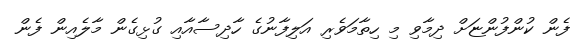
ފެން ކުންފުންޏަށް ދިމާވި މި ހިތާމަވެރި އަލިފާނުގެ ހާދިސާއާއި ގުޅިގެން މާލެއިން ފެން